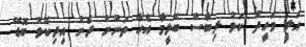
އަލީ ވަހީދު ކަޅު ލިބާސް ބޭލީމާ އެހާ ތަނުން ދެން އިދިކޮޅު ބޮޑޭ